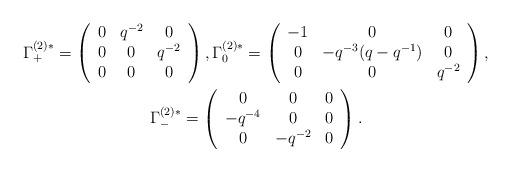
LaTeX: \begin{gather*}\Gamma_{+}^{(2)*} = \left(\begin{array}{ccc}0 & q^{-2} & 0\\0 & 0 & q^{-2}\\0 & 0 & 0\end{array}\right),\Gamma_{0}^{(2)*} = \left(\begin{array}{ccc}-1 & 0 & 0\\0 & -q^{-3} (q - q^{-1}) & 0\\0 & 0 & q^{-2}\end{array}\right), \\\Gamma_{-}^{(2)*} = \left(\begin{array}{ccc}0 & 0 & 0\\-q^{-4} & 0 & 0\\0 & -q^{-2} & 0\end{array}\right).\end{gather*}